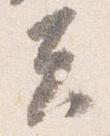
夫